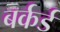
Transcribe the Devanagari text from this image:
बर्कर्ड